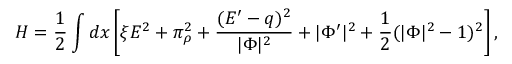
H = { \frac { 1 } { 2 } } \int d x \left[ \xi E ^ { 2 } + \pi _ { \rho } ^ { 2 } + { \frac { ( E ^ { \prime } - q ) ^ { 2 } } { | \Phi | ^ { 2 } } } + | \Phi ^ { \prime } | ^ { 2 } + { \frac { 1 } { 2 } } ( | \Phi | ^ { 2 } - 1 ) ^ { 2 } \right] ,